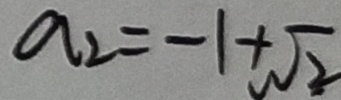
a _ { 2 } = - 1 + \sqrt { 2 }